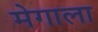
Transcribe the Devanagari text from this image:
मेगाला